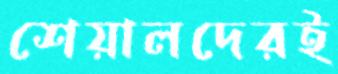
শেয়ালদেরই